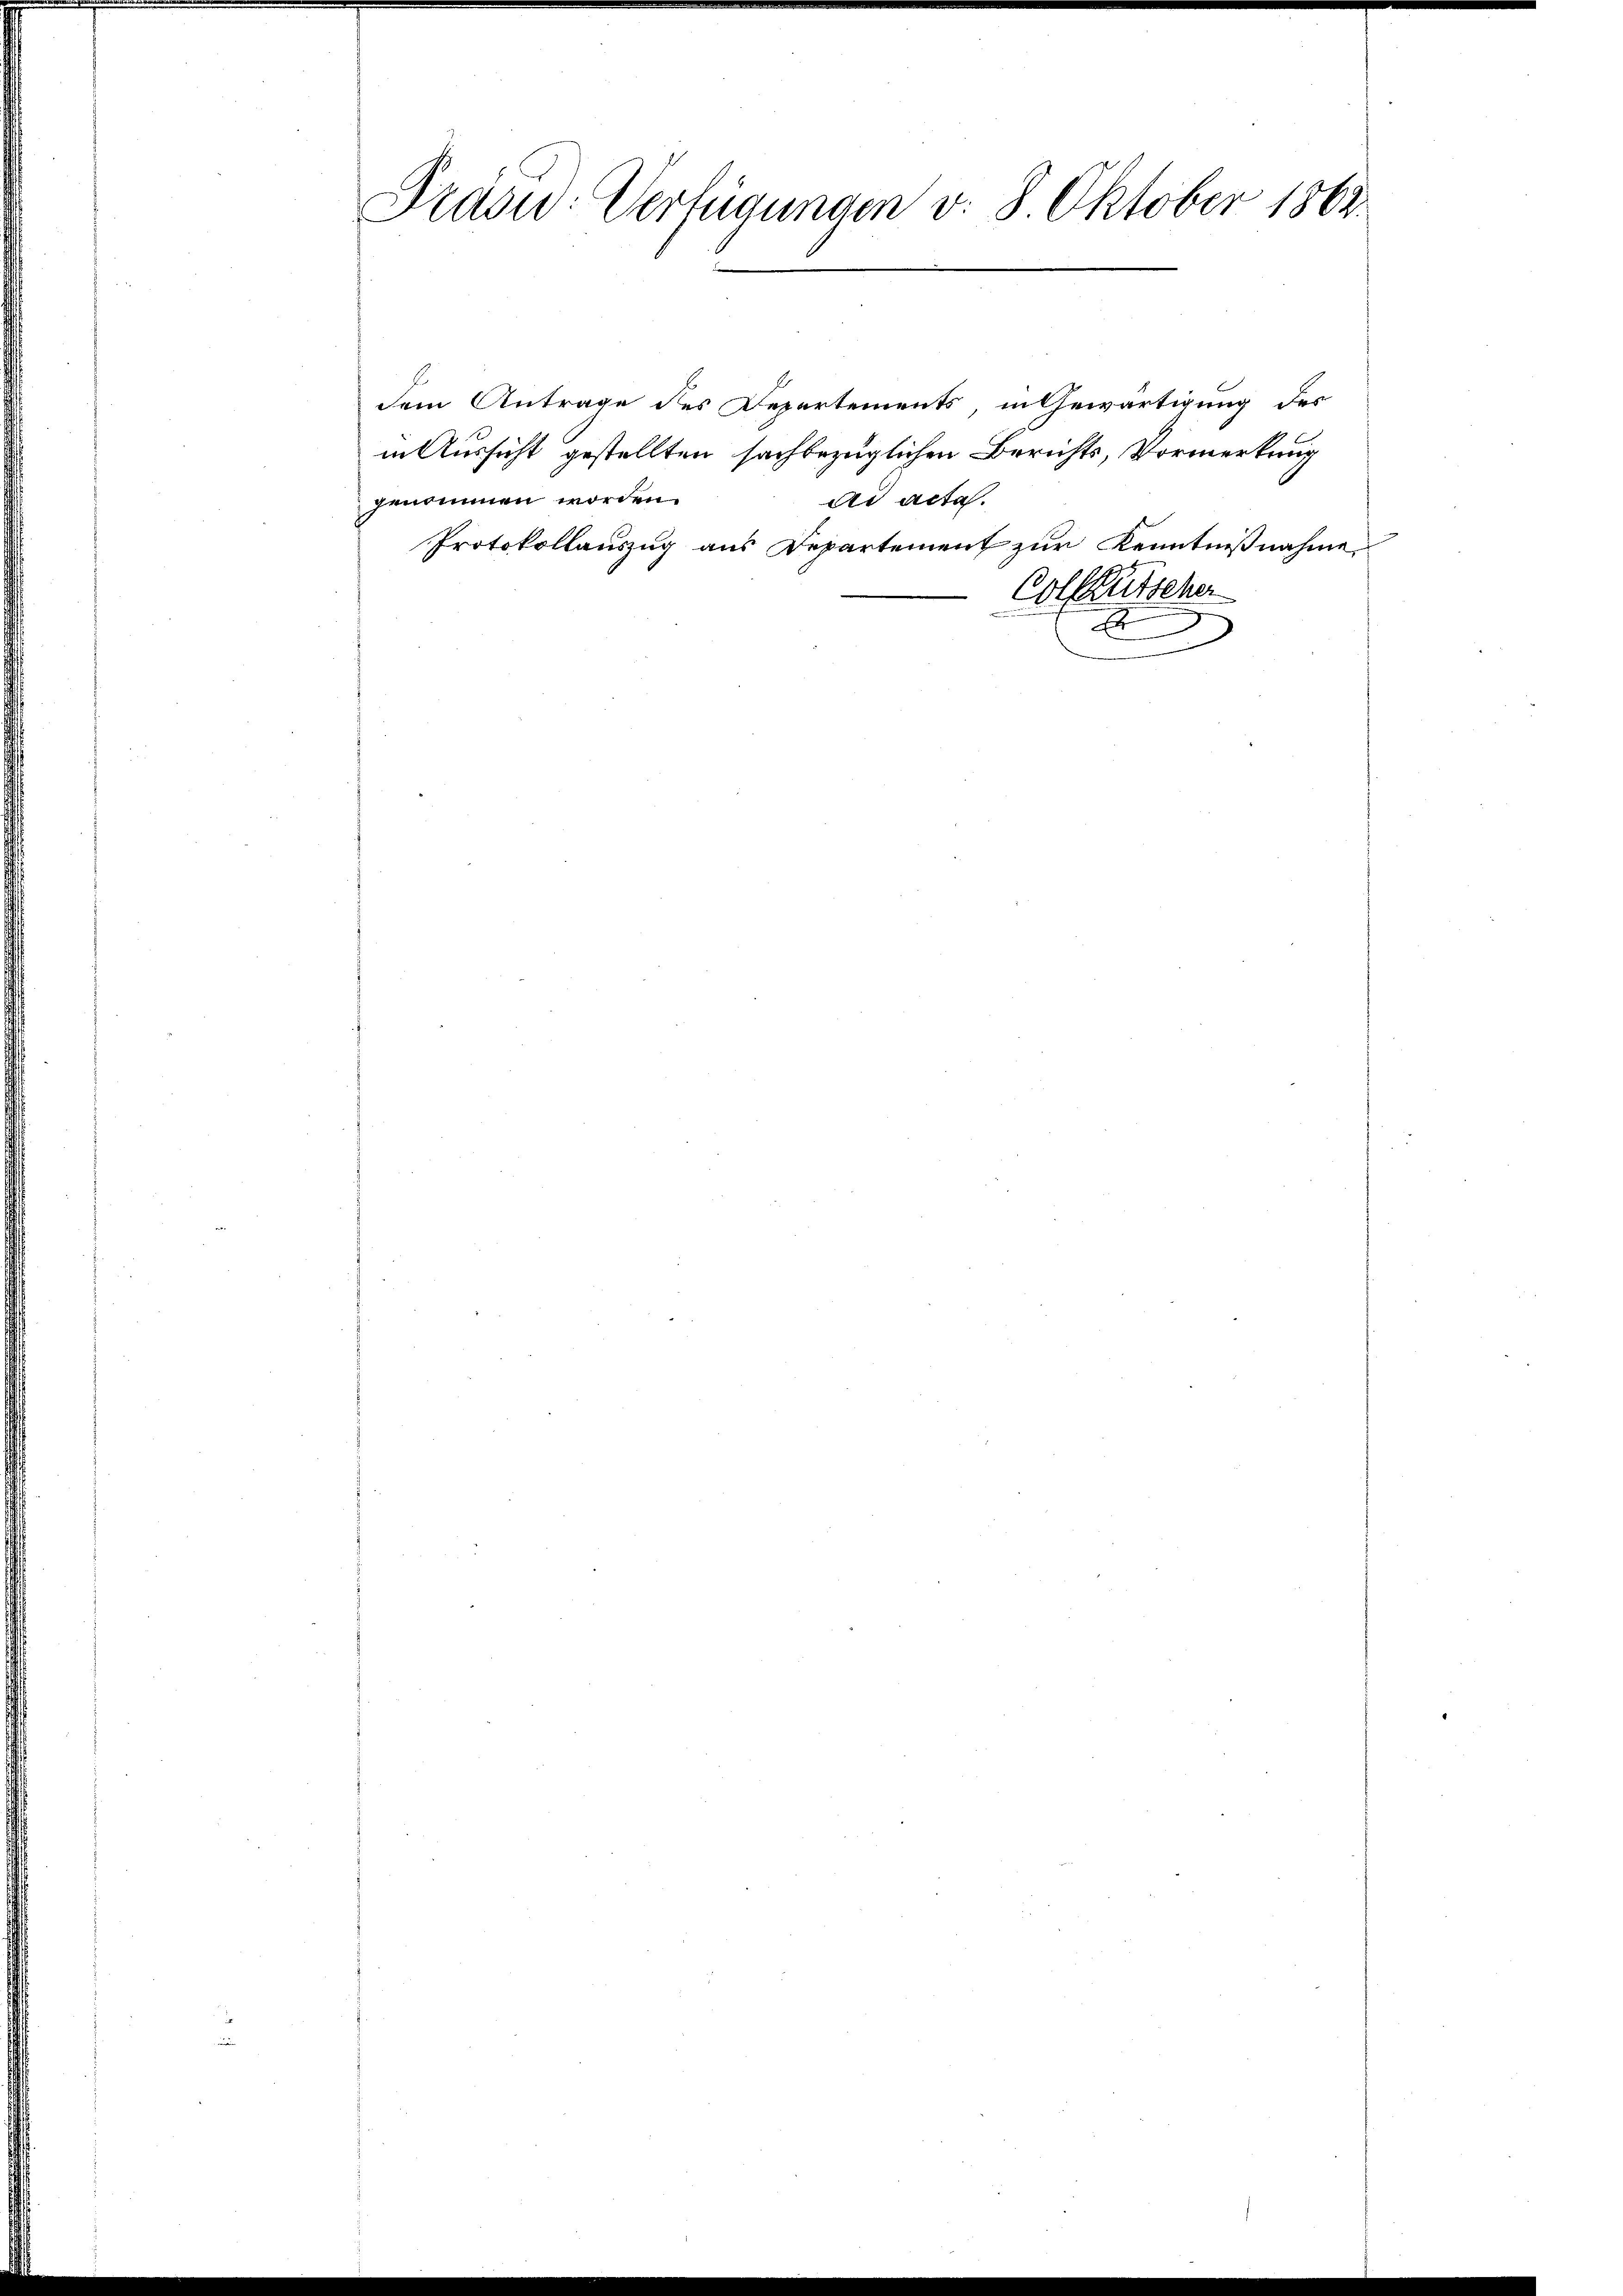
Präsid. Verfügungen v. 8. Oktober 1862

dem Antrage des Departements in Gewärtigung des
in Aussicht gestellten sachbezüglichen Berichts, Vormerkung
genommen worden.
ad acta.
Protokollauszug aus Departement zur Kenntnißnahme
Colleütscher
F